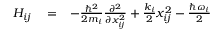
\begin{array} { r l r } { H _ { i j } } & { { } = } & { - \frac { \hbar ^ { 2 } } { 2 m _ { i } } \frac { \partial ^ { 2 } } { \partial x _ { i j } ^ { 2 } } + \frac { k _ { i } } { 2 } x _ { i j } ^ { 2 } - \frac { \hbar \omega _ { i } } { 2 } } \end{array}